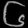
Digit: ၆